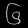
Digit: ၆